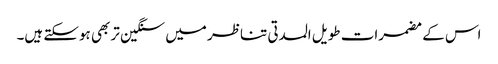
اس کے مضمرات طویل المدتی تناظر میں سنگین تر بھی ہوسکتے ہیں۔